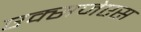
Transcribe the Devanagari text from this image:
एक्सजेएस